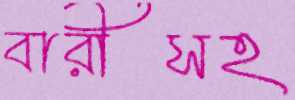
বারীসহ